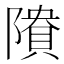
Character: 𱀴